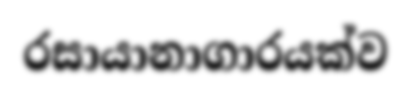
රසායානාගාරයක්ව